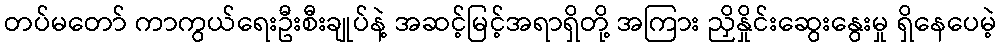
တပ်မတော် ကာကွယ်ရေးဦးစီးချုပ်နဲ့ အဆင့်မြင့်အရာရှိတို့ အကြား ညှိနှိုင်းဆွေးနွေးမှု ရှိနေပေမဲ့